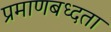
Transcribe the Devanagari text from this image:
प्रमाणबध्दता